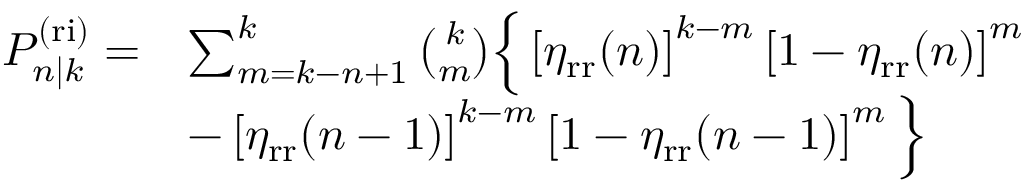
\begin{array} { r l } { P _ { n | k } ^ { \mathrm { ( r i ) } } = } & { \sum _ { m = k - n + 1 } ^ { k } \binom { k } { m } \Big \{ \left[ \eta _ { \mathrm { r r } } ( n ) \right] ^ { k - m } \left[ 1 - \eta _ { \mathrm { r r } } ( n ) \right] ^ { m } } \\ & { - \left[ \eta _ { \mathrm { r r } } ( n - 1 ) \right] ^ { k - m } \left[ 1 - \eta _ { \mathrm { r r } } ( n - 1 ) \right] ^ { m } \Big \} } \end{array}